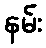
နမ်း